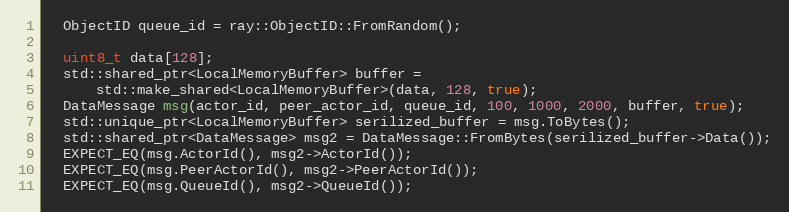
Language: C++
  ObjectID queue_id = ray::ObjectID::FromRandom();

  uint8_t data[128];
  std::shared_ptr<LocalMemoryBuffer> buffer =
      std::make_shared<LocalMemoryBuffer>(data, 128, true);
  DataMessage msg(actor_id, peer_actor_id, queue_id, 100, 1000, 2000, buffer, true);
  std::unique_ptr<LocalMemoryBuffer> serilized_buffer = msg.ToBytes();
  std::shared_ptr<DataMessage> msg2 = DataMessage::FromBytes(serilized_buffer->Data());
  EXPECT_EQ(msg.ActorId(), msg2->ActorId());
  EXPECT_EQ(msg.PeerActorId(), msg2->PeerActorId());
  EXPECT_EQ(msg.QueueId(), msg2->QueueId());